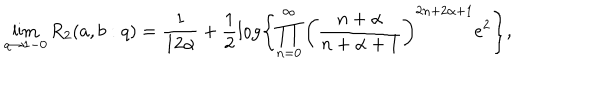
LaTeX: \lim _ { q \to 1 - 0 } R _ { 2 } ( a , b : q ) = \frac { 1 } { 1 2 \alpha } + \frac 1 2 \log \left\{ \prod _ { n = 0 } ^ { \infty } \left( \frac { n + \alpha } { n + \alpha + 1 } \right) ^ { 2 n + 2 \alpha + 1 } e ^ { 2 } \right\} ,